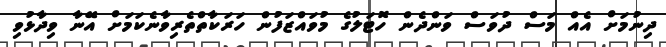
ދިނުމަށް އެއް މަސް ދުވަސް ވަންދެން ހޮޓަލުގެ މުވައްޒަފުން ހަރަކާތްތެރިވާނެކަމަށް އޭނާ ވިދާޅުވި